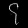
Digit: ၄